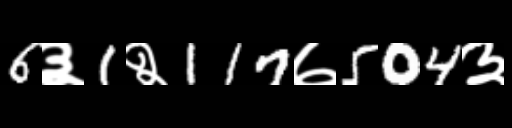
Text: 6३1२117७504३